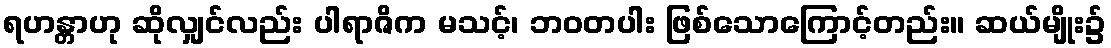
ရဟန္တာဟု ဆိုလျှင်လည်း ပါရာဇိက မသင့်၊ ဘဝတပါး ဖြစ်သောကြောင့်တည်း။ ဆယ်မျိုး၌